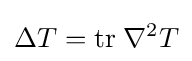
\Delta T={\text{tr}}\;\nabla ^{2}T